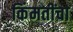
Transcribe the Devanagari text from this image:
किंमतींचा